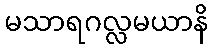
မသာရဂလ္လမယာနိ